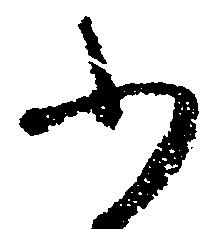
ふ